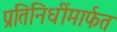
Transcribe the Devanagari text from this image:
प्रतिनिधींमार्फत